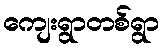
ကျေးရွာတစ်ရွာ